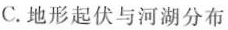
C.地形起伏与河湖分布